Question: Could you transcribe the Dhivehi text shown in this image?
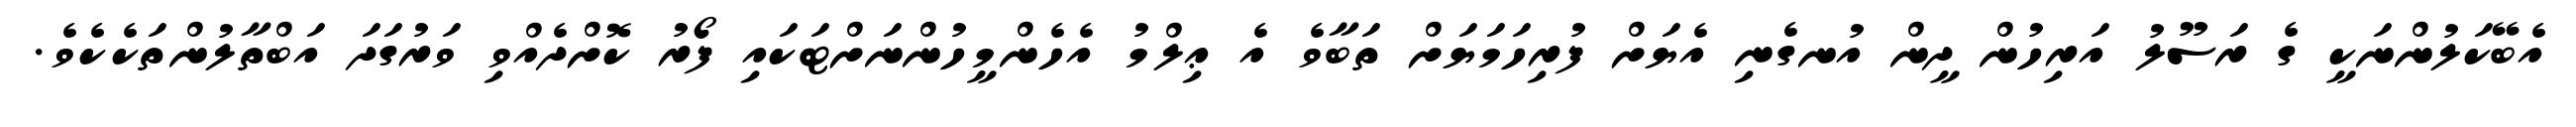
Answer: އެބޭކަލުންނަކީ ގެ ރަސޫލު އަރިހުން ދީން އުނގެނި އެޔަށް ފުރިހަމަޔަށް ތަބާވެ އެ ޢިލްމު އެހެންމީހުންނަށްޓަކައި ފޯރު ކޮށްދެއްވި ވަރުގަދަ އަބްތާލުންތަކެކެވެ.